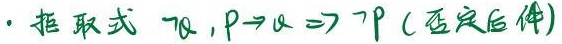
$\cdot$ 拒取式 $\neg q,p\rightarrow q\Rightarrow\neg p$ (否定后件)